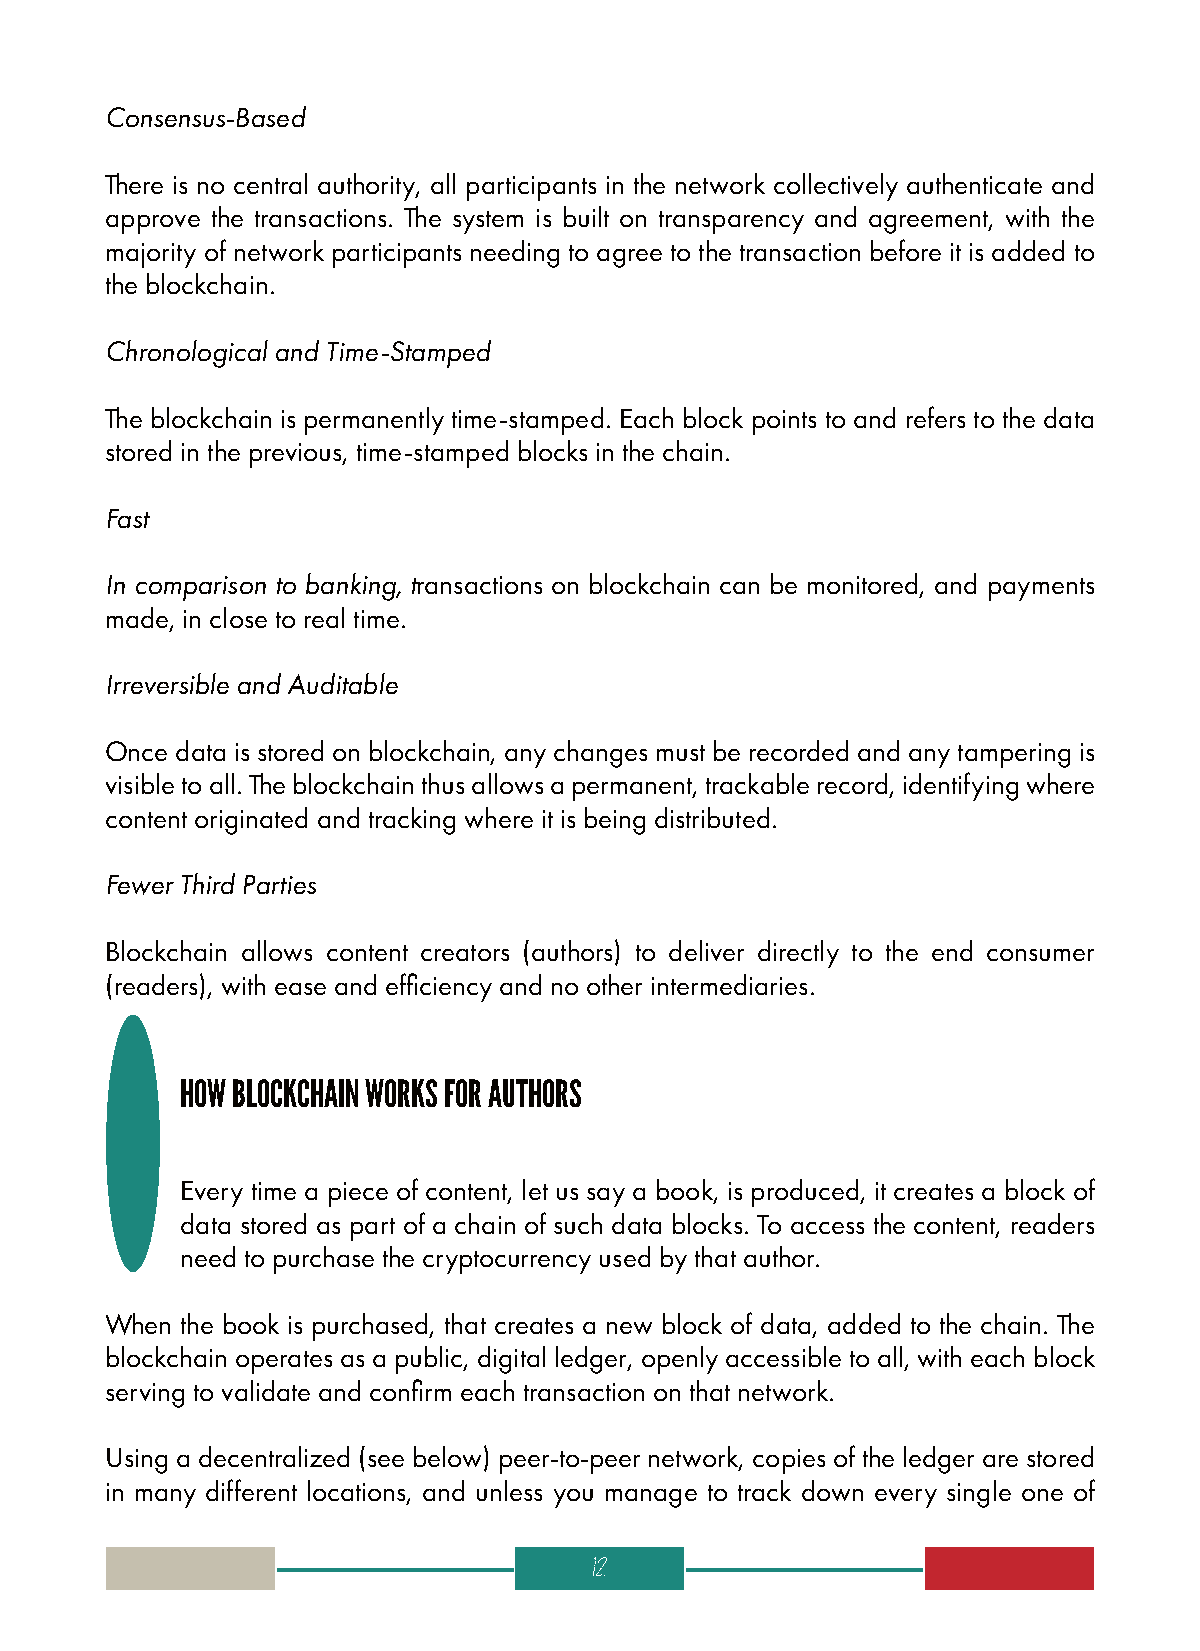
Consensus-Based
 There is no central authority, all participants in the network collectively authenticate and
 approve the transactions. The system is built on transparency and agreement, with the
 majority of network participants needing to agree to the transaction before it is added to
 the blockchain.
 Chronological and Time-Stamped
 The blockchain is permanently time-stamped. Each block points to and refers to the data
 stored in the previous, time-stamped blocks in the chain.
 Fast
 In comparison to banking, transactions on blockchain can be monitored, and payments
 made, in close to real time.
 Irreversible and Auditable
 Once data is stored on blockchain, any changes must be recorded and any tampering is
 visible to all. The blockchain thus allows a permanent, trackable record, identifying where
 content originated and tracking where it is being distributed.
 Fewer Third Parties
 Blockchain allows content creators (authors) to deliver directly to the end consumer
 (readers), with ease and efficiency and no other intermediaries.
 HOW BLOCKCHAIN WORKS FOR AUTHORS
 Every time a piece of content, let us say a book, is produced, it creates a block of
 data stored as part of a chain of such data blocks. To access the content, readers
 need to purchase the cryptocurrency used by that author.
 When the book is purchased, that creates a new block of data, added to the chain. The
 blockchain operates as a public, digital ledger, openly accessible to all, with each block
 serving to validate and confirm each transaction on that network.
 Using a decentralized (see below) peer-to-peer network, copies of the ledger are stored
 in many different locations, and unless you manage to track down every single one of
 12